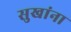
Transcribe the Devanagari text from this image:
सुखांना